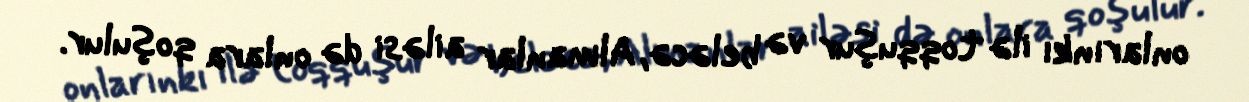
onlarınkı ilə toqquşur və beləcə, Almanlar ailəsi də onlara qoşulur.